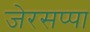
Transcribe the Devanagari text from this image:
जेरसप्पा